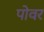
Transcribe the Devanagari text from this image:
पोवर